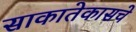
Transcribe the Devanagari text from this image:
साकातेकासचे